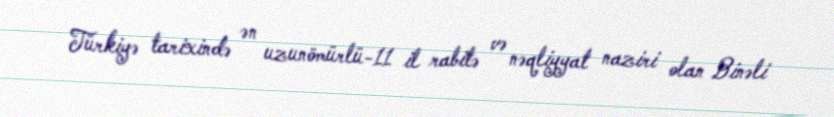
Türkiyə tarixində ən uzunömürlü-11 il rabitə və nəqliyyat naziri olan Binəli